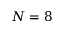
N = 8